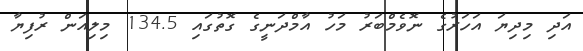
އަދި މިދިޔަ އަހަރުގެ ނޮވެމްބަރު މަހު އާމްދަނީގެ ގޮތުގައި 134.5 މިލިއަން ރުފިޔާ